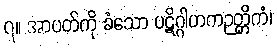
၇။ အာပတ်ကို ခံသော ပဋိဂ္ဂါဟကဉတ္တိကံ၊